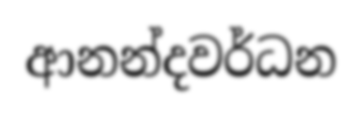
ආනන්දවර්ධන